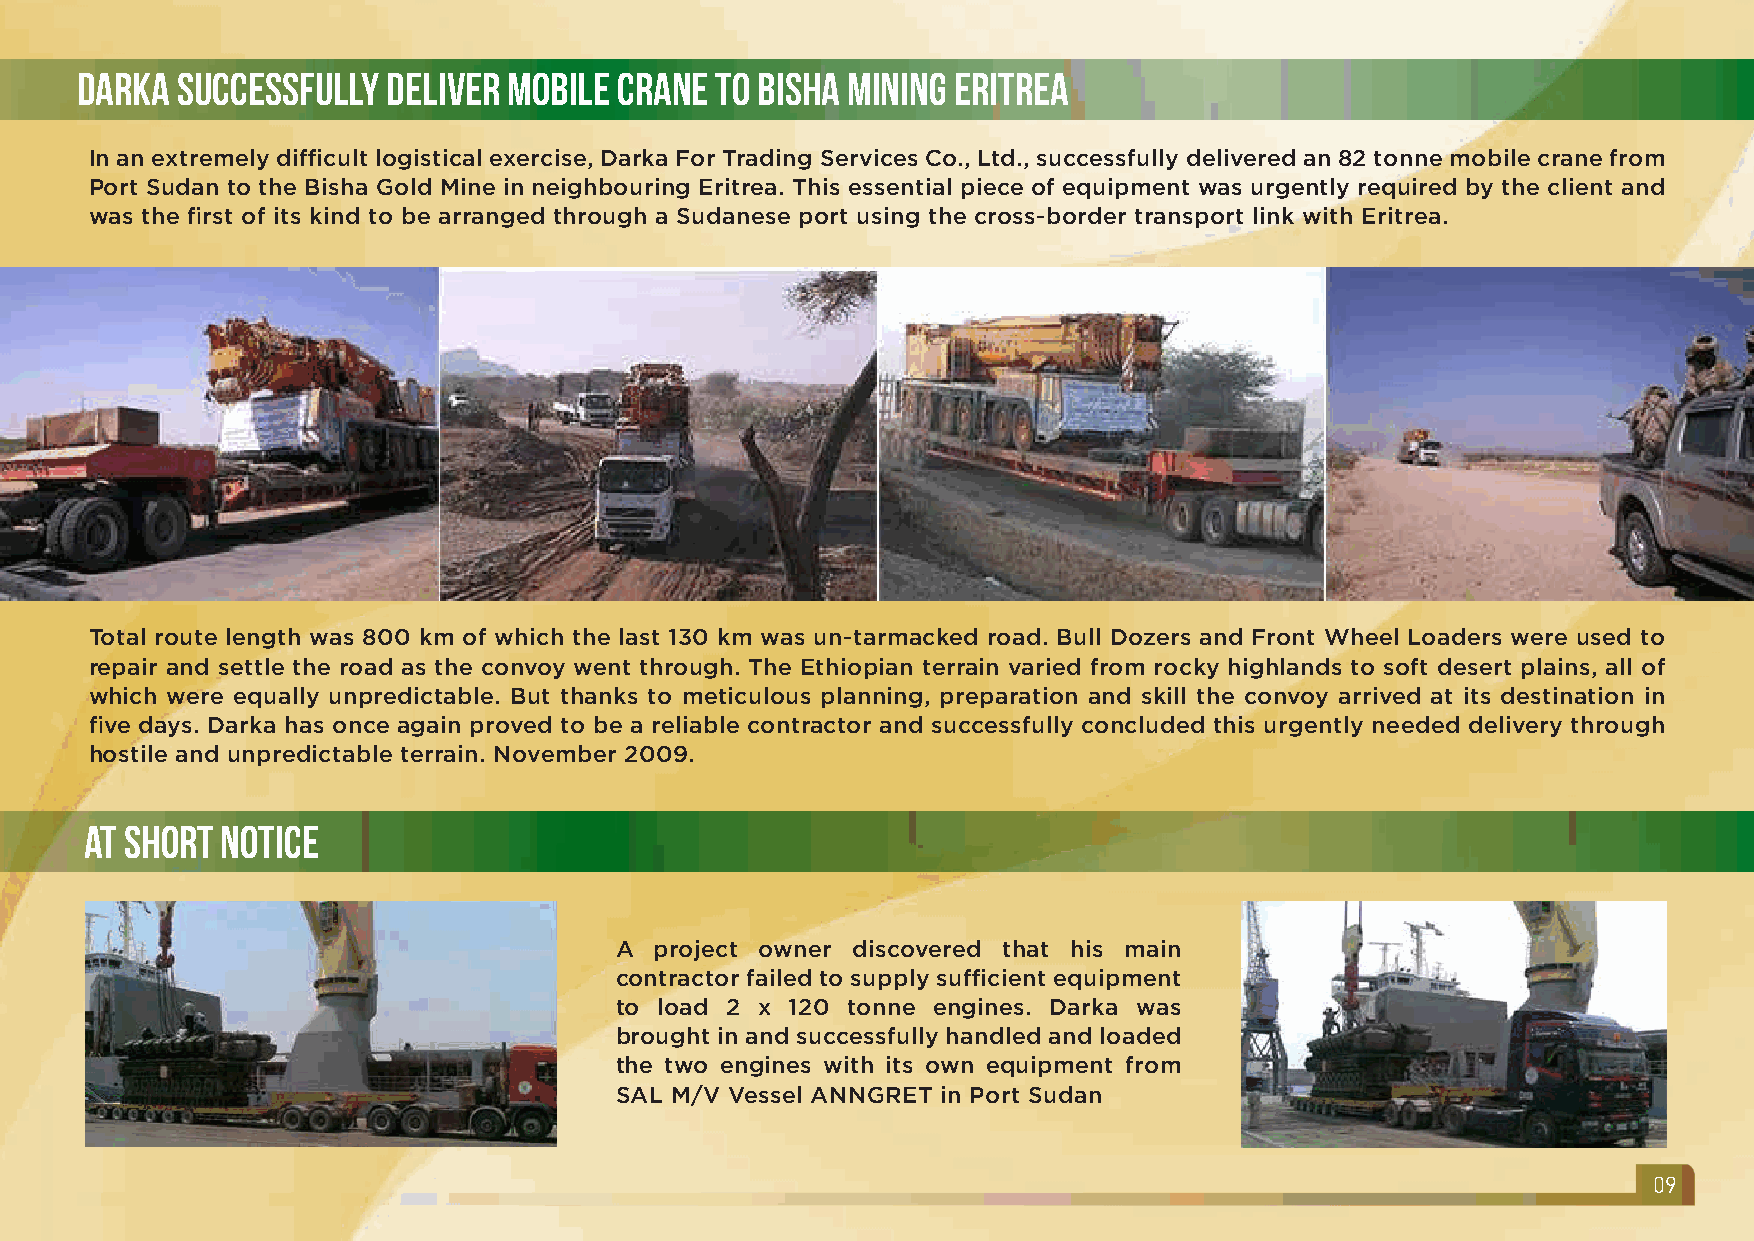
Darka  Successfully  Deliver Mobile Crane to Bisha Mining Eritrea
 In an extremely difficult logistical exercise, Darka For Trading Services Co., Ltd., successfully delivered an 82 tonne mobile crane from
 Port Sudan to the Bisha Gold Mine in neighbouring Eritrea. This essential piece of equipment was urgently required by the client and
 was the first of its kind to be arranged through a Sudanese port using the cross-border transport link with Eritrea.
 Total route length was 800 km of which the last 130 km was un-tarmacked road. Bull Dozers and Front Wheel Loaders were used to
 repair and settle the road as the convoy went through. The Ethiopian terrain varied from rocky highlands to soft desert plains, all of
 which were equally unpredictable. But thanks to meticulous planning, preparation and skill the convoy arrived at its destination in
 five days. Darka has once again proved to be a reliable contractor and successfully concluded this urgently needed delivery through
 hostile and unpredictable terrain. November 2009.
 At Short Notice
 A project owner discovered that his main
 contractor failed to supply sufficient equipment
 to load 2 x 120 tonne engines. Darka was
 brought in and successfully handled and loaded
 the two engines with its own equipment from
 SAL M/V Vessel ANNGRET in Port Sudan
 09